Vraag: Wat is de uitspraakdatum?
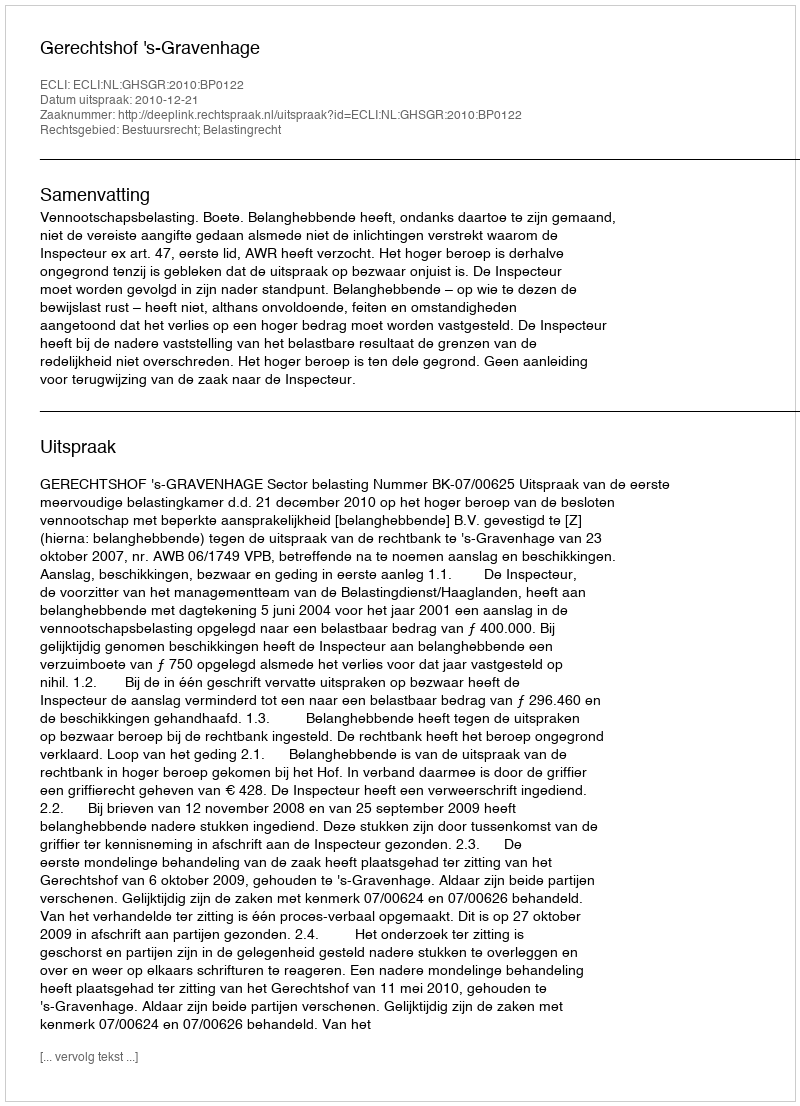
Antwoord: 2010-12-21